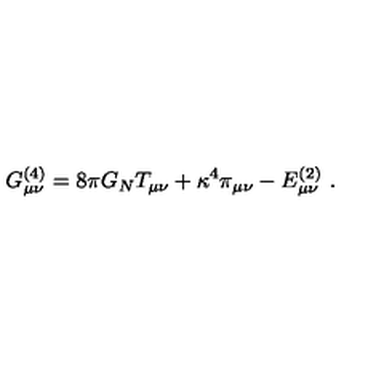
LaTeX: G _ { \mu \nu } ^ { ( 4 ) } = 8 \pi G _ { N } T _ { \mu \nu } + \kappa ^ { 4 } \pi _ { \mu \nu } - E _ { \mu \nu } ^ { ( 2 ) } \ .